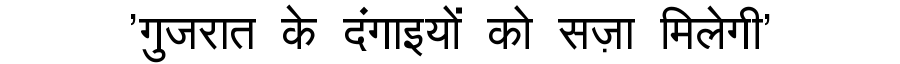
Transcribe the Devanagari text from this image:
'गुजरात के दंगाइयों को सज़ा मिलेगी'